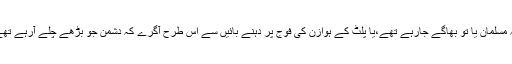
یہ آواز اس طرح گونجی کہ مسلمان یا تو بھاگے جارہے تھے،یا پلٹ کے ہوازن کی فوج پر دہنے بائیں سے اس طرح آگرے کہ دشمن جو بڑھے چلے آرہے تھے،گھبرا کے پیچھے ہٹے ۔